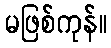
မဖြစ်ကုန်။